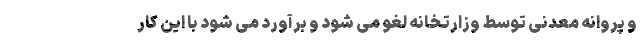
و پروانه معدنی توسط وزارتخانه لغو می شود و برآورد می شود با این کار